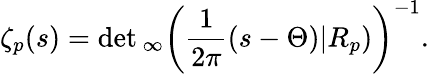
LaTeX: \zeta_{p}(s)=\operatorname*{det}{}_{\infty}\left({\frac{1}{2\pi}}(s-\Theta)|R_{p})\right)^{-1}.